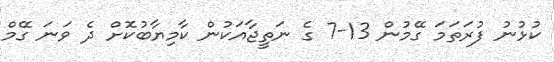
ކުޅުނު ފުރަތަމަ ގޭމުން 13-7 ގެ ނަތީޖާއަކުން ކާމިޔާބުކޮށް ދެ ވަނަ ގޭމް